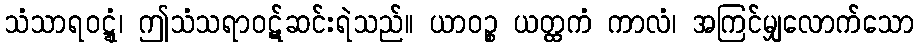
သံသာရဝဋ္ဋံ၊ ဤသံသရာဝဋ်ဆင်းရဲသည်။ ယာဝဉ္စ ယတ္ထကံ ကာလံ၊ အကြင်မျှလောက်သော